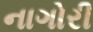
નાગોરી